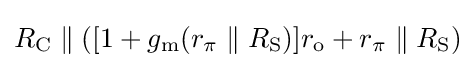
R_{\text{C}}\parallel \left([1+g_{\text{m}}(r_{\pi }\parallel R_{\text{S}})]r_{\text{o}}+r_{\pi }\parallel R_{\text{S}}\right)